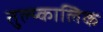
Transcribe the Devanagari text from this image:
तुल्य्कालिक